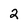
Character: 2